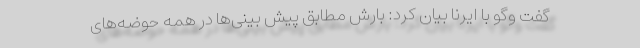
گفت وگو با ایرنا بیان کرد: بارش مطابق پیش بینی‌ها در همه حوضه‌های